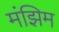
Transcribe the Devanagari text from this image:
मंझिम